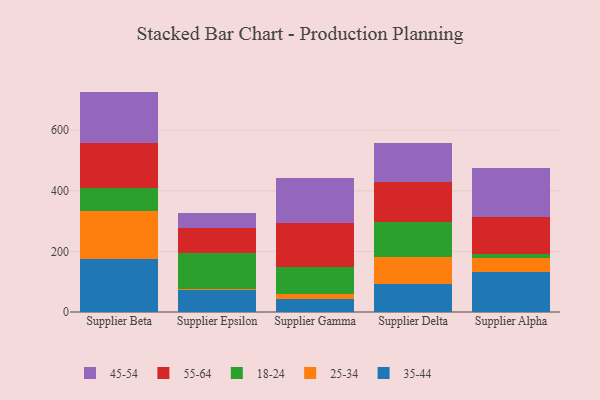
{"axis": {"x": "Supplier", "y": "Population (Million)"}, "legend": ["18-24", "25-34", "35-44", "45-54", "55-64"], "data": [{"x": "Supplier Beta", "y": 176.0, "type": "35-44"}, {"x": "Supplier Beta", "y": 156.3, "type": "25-34"}, {"x": "Supplier Beta", "y": 77.5, "type": "18-24"}, {"x": "Supplier Beta", "y": 146.5, "type": "55-64"}, {"x": "Supplier Beta", "y": 171.2, "type": "45-54"}, {"x": "Supplier Epsilon", "y": 71.5, "type": "35-44"}, {"x": "Supplier Epsilon", "y": 5.9, "type": "25-34"}, {"x": "Supplier Epsilon", "y": 117.4, "type": "18-24"}, {"x": "Supplier Epsilon", "y": 81.3, "type": "55-64"}, {"x": "Supplier Epsilon", "y": 52.1, "type": "45-54"}, {"x": "Supplier Gamma", "y": 41.5, "type": "35-44"}, {"x": "Supplier Gamma", "y": 18.9, "type": "25-34"}, {"x": "Supplier Gamma", "y": 86.6, "type": "18-24"}, {"x": "Supplier Gamma", "y": 148.0, "type": "55-64"}, {"x": "Supplier Gamma", "y": 146.7, "type": "45-54"}, {"x": "Supplier Delta", "y": 91.5, "type": "35-44"}, {"x": "Supplier Delta", "y": 90.9, "type": "25-34"}, {"x": "Supplier Delta", "y": 116.1, "type": "18-24"}, {"x": "Supplier Delta", "y": 129.1, "type": "55-64"}, {"x": "Supplier Delta", "y": 131.3, "type": "45-54"}, {"x": "Supplier Alpha", "y": 132.2, "type": "35-44"}, {"x": "Supplier Alpha", "y": 47.0, "type": "25-34"}, {"x": "Supplier Alpha", "y": 11.1, "type": "18-24"}, {"x": "Supplier Alpha", "y": 124.9, "type": "55-64"}, {"x": "Supplier Alpha", "y": 159.5, "type": "45-54"}]}